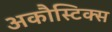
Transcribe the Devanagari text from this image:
अकौस्टिक्स